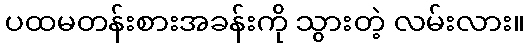
ပထမတန်းစားအခန်းကို သွားတဲ့ လမ်းလား။